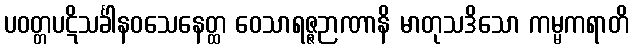
ပဝတ္တပဋိသင်္ခါနဝသေနေတ္ထ ဝေသာရဇ္ဇဉာဏာနိ မာတုသဒိသော ကမ္မကရာတိ